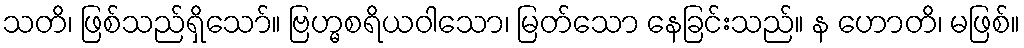
သတိ၊ ဖြစ်သည်ရှိသော်။ ဗြဟ္မစရိယဝါသော၊ မြတ်သော နေခြင်းသည်။ န ဟောတိ၊ မဖြစ်။